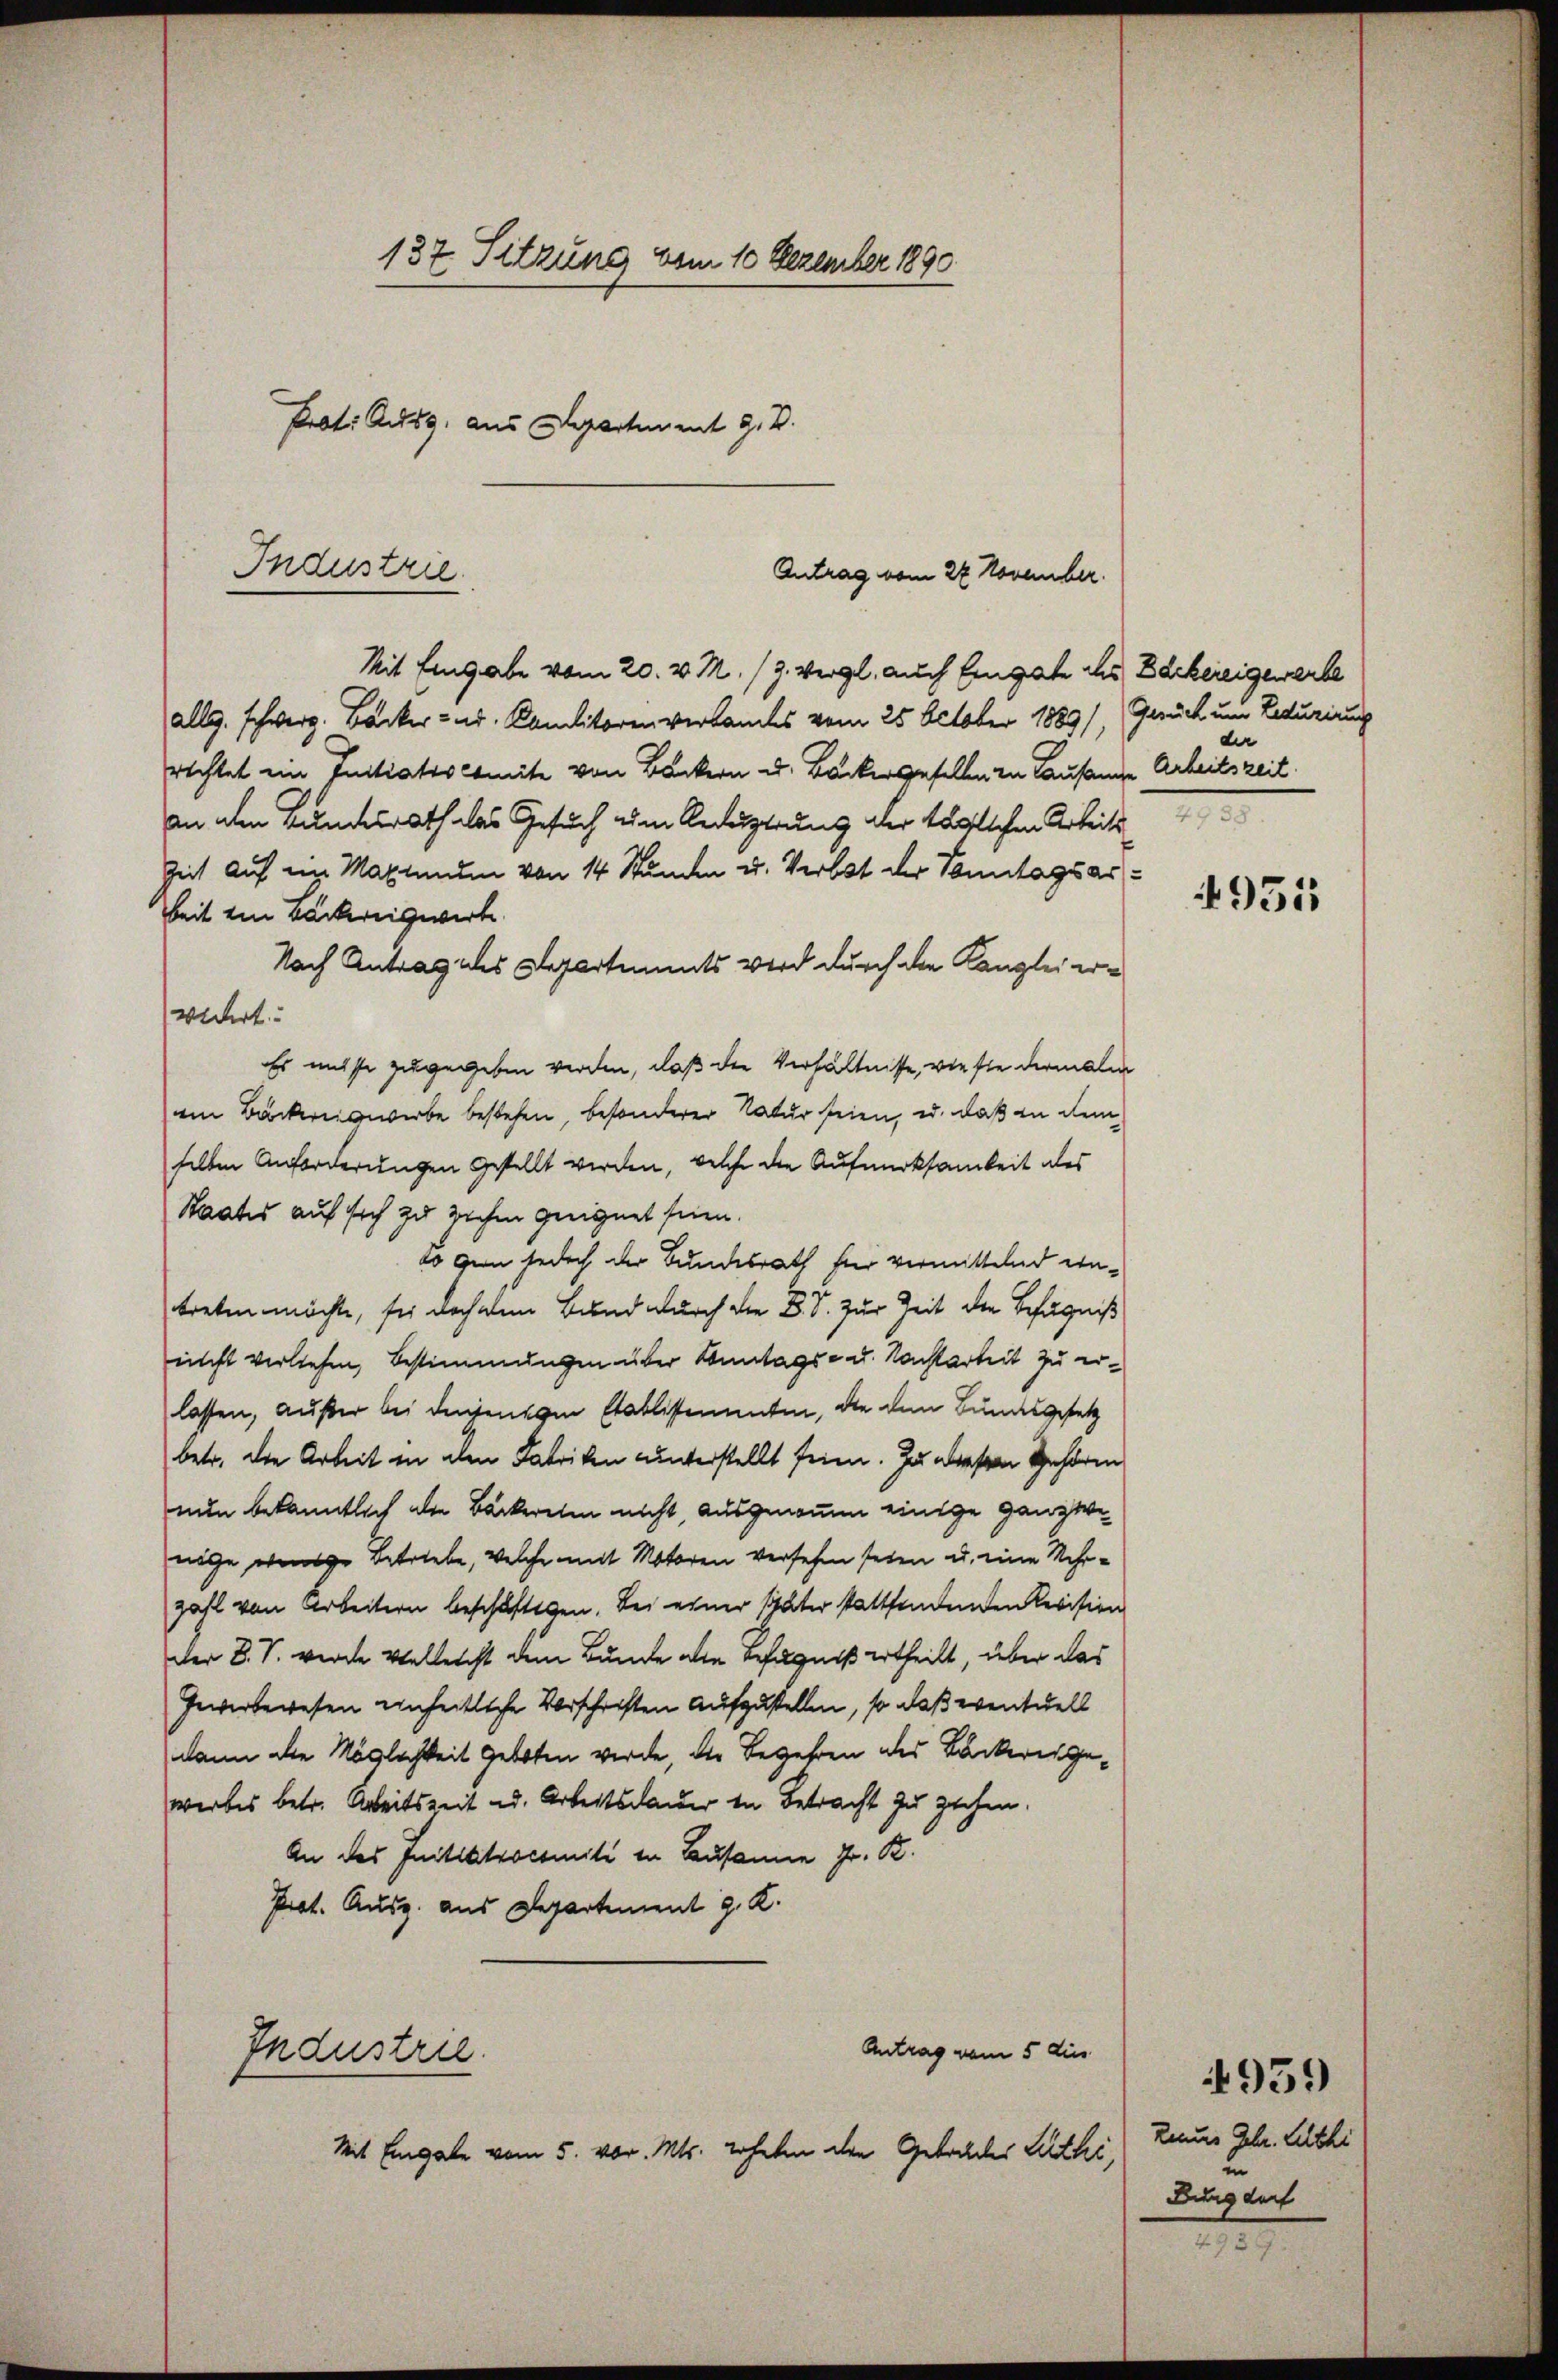
137. Sitzung vom 10 Dezember 1890
Prot. Aug. aus Separtement z. B.

Industrie.
Antrag vom 22 November.

Mit Eingabe vom 20. v. M. (9. Vergl. auch Eingabe ihr Bäckereigewerbe
alle. schwerz. Backer- nd. Camilitoren verbandes vom 25. October 1889/, Gerück um Recurirung
rechtet ein Initiatiscomite von Backern u. Backergesellen zu Lausanne Arbeitszeit.
an den Bundesrath das Gesuch ein Geduptung der täglichen Arbeits
Zeit auf im Maximum von 14 Stunden u. Verbst der Sonntagsarbeit ein Bäckereigewirt
Nach Antrag des Separtements wird durch der Kanzlei erwidert
Es müsse zugegeben werden, daß die Verhältnisse, wie sie dermalin
em Bäckereigewerbe bestehen, besonderer Natur seien, u. daß in dem
selben Anforderungen gestellt werden, welche die Aufmerksamkeit des
Staates auf sich zu ziehen geeignet seien.
20 gen jedoch der Bundesrath für vermittelnd eintreten möchte, sei doch dem Bund durch die D. S. Zur Zeit der Befugniß
nicht verliehen, Bestimmungen über Sonntags- u. Nachtarkeit zu erlassen, außer bei denjenigen Etablissementen, die den Bundesgesetz
betr. die Arbeit in den Fabriken unterstellt seien. Zu abersten Gehören
nun bekanntlich die Bäckereten nicht, ausgenommen einige ganze
nige wenige Betriebe, welche mit Motoren versehen seien u. eine Mehrzahl von Arbeitern beschäftigen. Bei einer später stattfandenden Revision
der B. S. werde vielleicht dem Bunde alle Befugniß ertheilt, über das
Gewerbewesen einheitliche Vorschriften aufzustellen, so daß eventuell
dann alle Möglichkeit geboten werde, die Begehren des Backereigewerbes betr. Arbeitszeit u. Arbeitsdauer in Betracht zu ziehen.
An des Initiktrockmiti in Bausanne Fr. K.
Prot. Ausg. aus Departement J. K.
Antrag vom 5 dies
Industrie.
Mit Eingabe vom 5. vor. Mts. Erheben den Gebrüder Luthe

der

4951

4951)
Lenns Gebr. Lelthi
Burgdorf

2